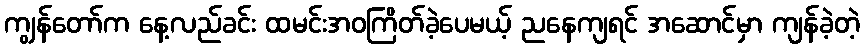
ကျွန်တော်က နေ့လည်ခင်း ထမင်းအဝကြိတ်ခဲ့ပေမယ့် ညနေကျရင် အဆောင်မှာ ကျန်ခဲ့တဲ့